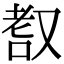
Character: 𦒺